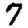
Digit: 7